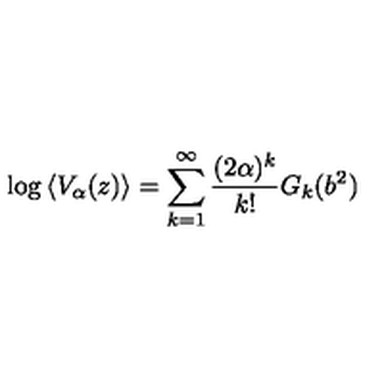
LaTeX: \log \left\langle V _ { \alpha } ( z ) \right\rangle = \sum _ { k = 1 } ^ { \infty } \frac { ( 2 \alpha ) ^ { k } } { k ! } G _ { k } ( b ^ { 2 } )